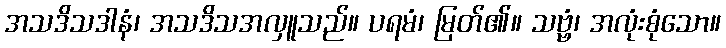
အသဒိသဒါနံ၊ အသဒိသအလှူသည်။ ပရမံ၊ မြတ်၏။ သဗ္ဗံ၊ အလုံးစုံသော။